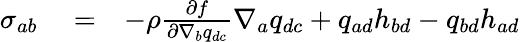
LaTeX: \begin{array}{rlr}{{\sigma}_{ab}}&{{}=}&{-\rho\frac{\partial f}{\partial\nabla_{b}q_{dc}}\nabla_{a}q_{dc}+q_{ad}h_{bd}-q_{bd}h_{ad}}\end{array}